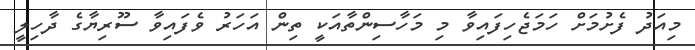
މިއަދު ފެށުމަށް ހަމަޖެހިފައިވާ މި މަހާސިންތާއަކީ ތިން އަހަރު ވެފައިވާ ސޫރިޔާގެ ދާހިލީ